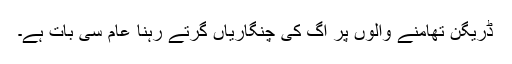
ڈریگن تھامنے والوں پر آگ کی چنگاریاں گرتے رہنا عام سی بات ہے۔